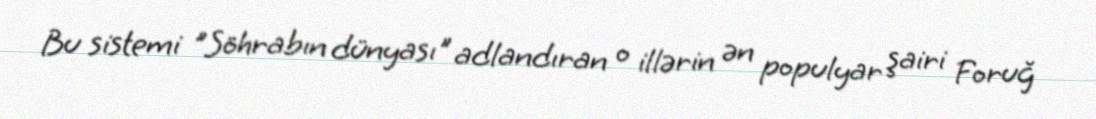
Bu sistemi "Söhrabın dünyası" adlandıran o illərin ən populyar şairi Foruğ